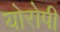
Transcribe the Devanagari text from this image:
योरोपी